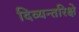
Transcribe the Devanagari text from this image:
दिव्यन्तरिक्षे